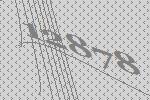
12878